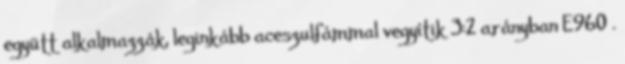
együtt alkalmazzák, leginkább aceszulfámmal vegyítik 3:2 arányban E960 .